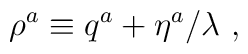
\rho^a \equiv q^a + \eta^a / \lambda ~,